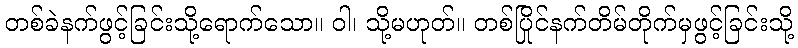
တစ်ခဲနက်ဖွင့်ခြင်းသို့ရောက်သော။ ဝါ၊ သို့မဟုတ်။ တစ်ပြိုင်နက်တိမ်တိုက်မှဖွင့်ခြင်းသို့